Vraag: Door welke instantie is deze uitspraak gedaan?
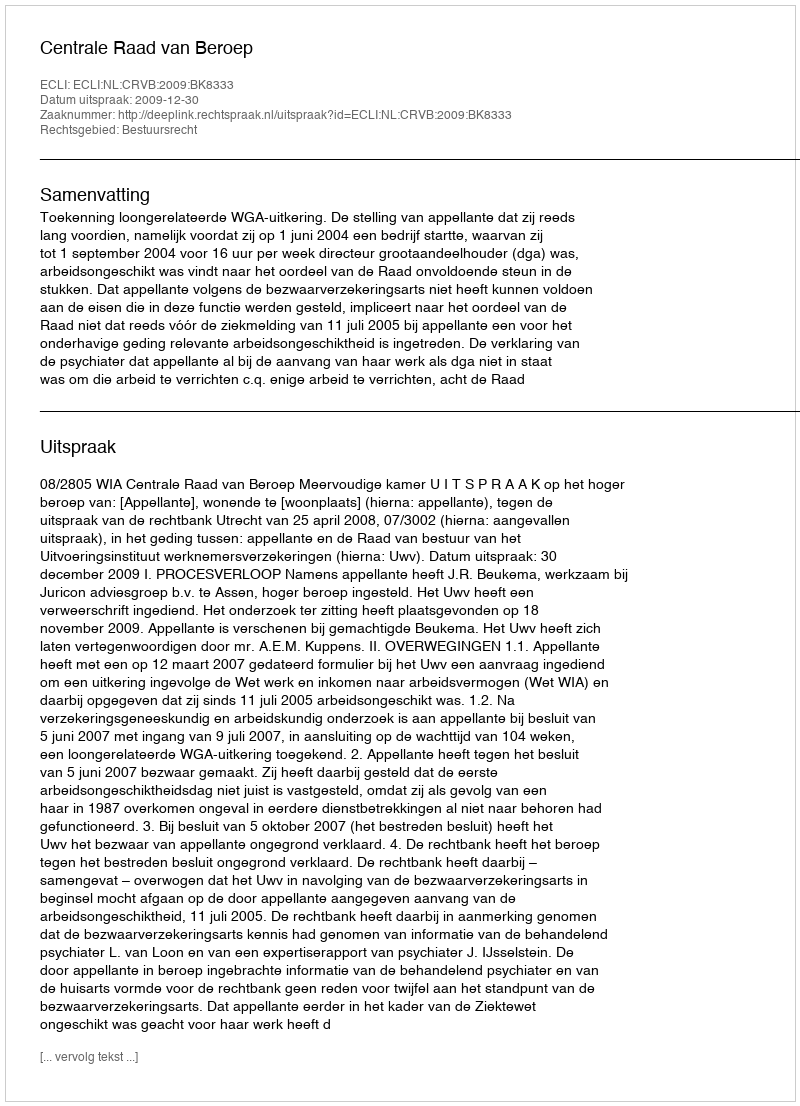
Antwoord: Centrale Raad van Beroep